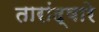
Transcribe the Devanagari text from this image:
तारांद्वारे